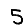
Digit: 5